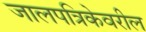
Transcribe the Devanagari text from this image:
जालपत्रिकेवरील